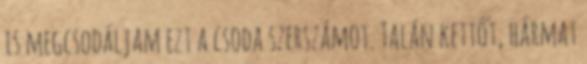
is megcsodáljam ezt a csoda szerszámot. Talán kettőt, hármat